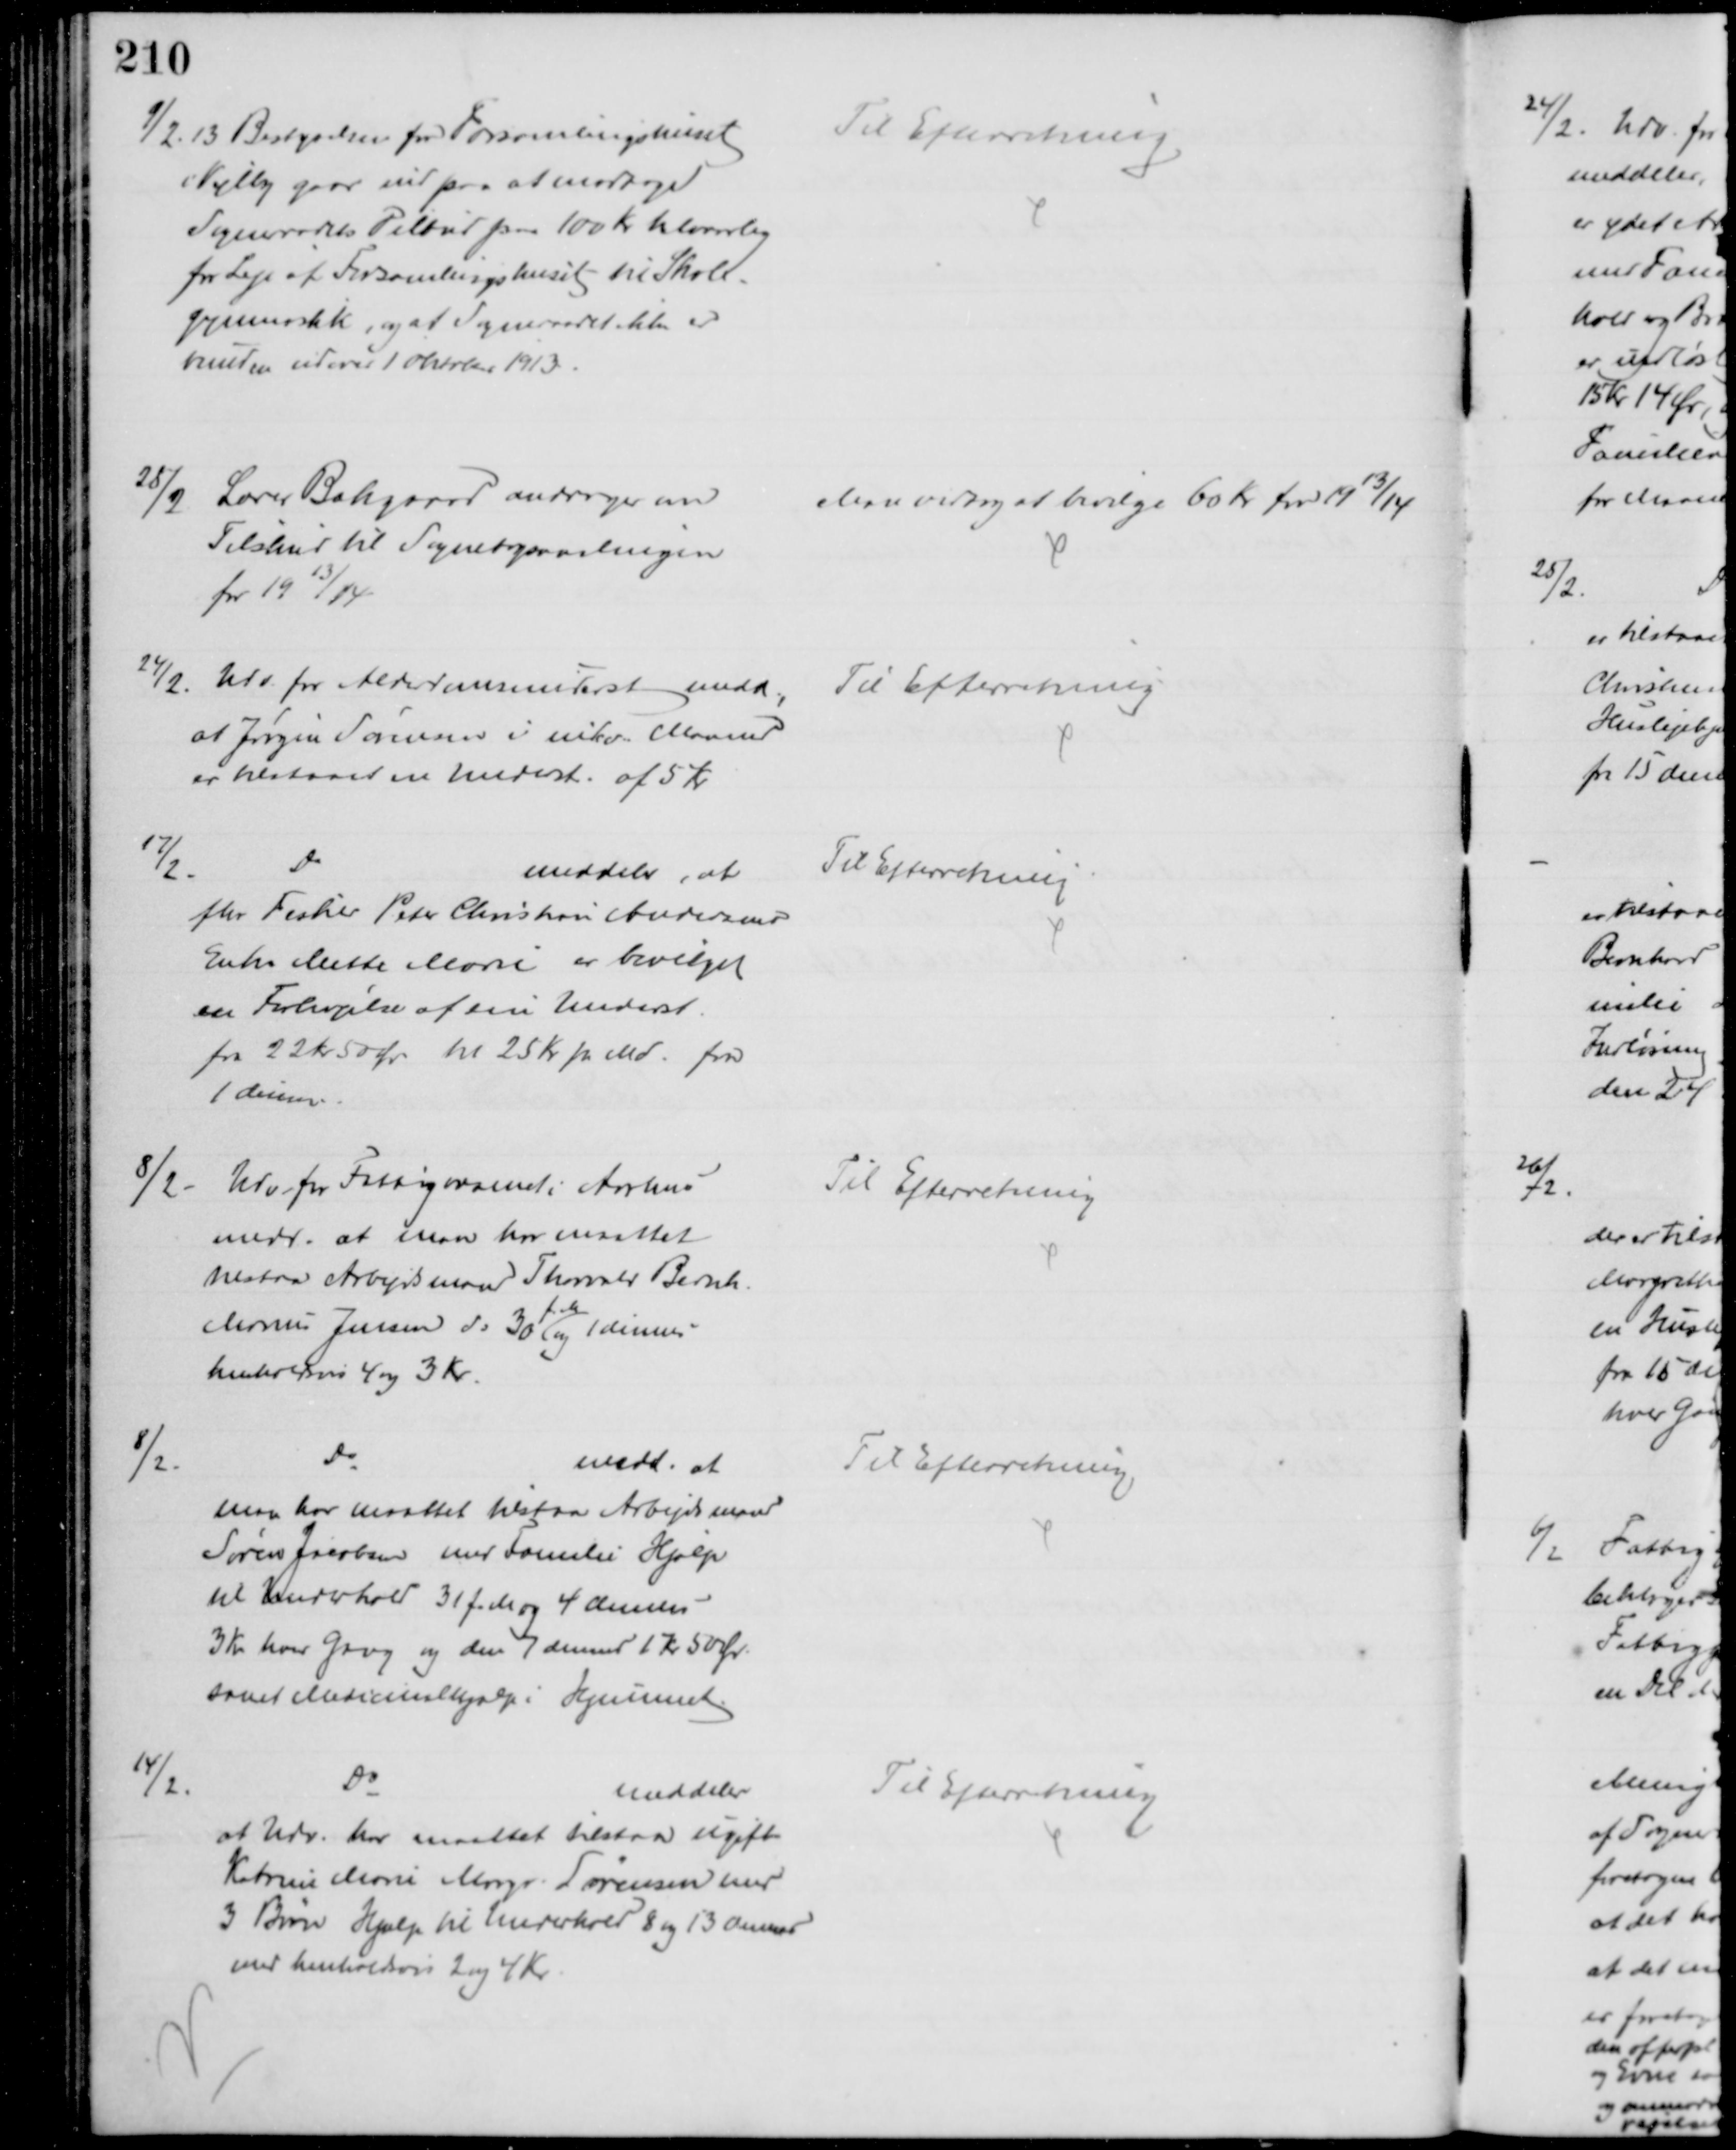
Transskription:
9/2.13 Bestyrelsen for Forsamlingshuset
i Vejlby gaar ind paa at modtage
Sogneraadets Tilbud paa 100 Kr halvaarlig
for Leje af Forsamlingshuset til Skole-
gymnastik, og at Sogneraadet ikke er
bunden udover 1 Oktober 1913.
Til Efterretning
25/2
Lærer Bækgaard andrager om
Tilskud til Sognebogsamlingen
for 1913/14
Man vedtog at bevilge 60 Kr for 1913/14
24/2. Udv. for Alderdomsunderst medd.,
at Jørgen Sørensen i indv. Maaned
er tilstaaet en Underst. af 5 Kr
Til Efterretning
17/2.
Do
meddeler, at
fhv Fisker Peter Christian Andersens
Enke Mette Marie er bevilget 
en Forhøjelse af sin Underst.
fra 22 Kr 50 Ør til 25 Kr pr Md. fra
1 dennes 
Til Efterretning
8/2
Udv for Fattigvæsenet i Aarhus
medd. at man har maattet
tilstaa Arbejdsmand Thorvald Bernh.
Marius Jensen d: 30 
f. M.
og 1 dennes
henholdsvis 4 og 3 Kr.
Til Efterretning
8/2
Do
medd. at
man har maattet tilstaa Arbejdsmand
Søren Jacobsen med Familie Hjælp
til Underhold 31 f.M og 4 dennes
3 Kr hver Gang og den 7 dennes 1 Kr 50 Ør.
samt Medicinalhjælp i Hjemmet.
Til Efterretning
14/2.
Do
meddeler
at Udv. har maattet tilstaa ugift
Katrine Marie Margr. Sørensen med
3 Børn Hjælp til Underhold 8 og 13 dennes
med henholdsvis 2 og 4 Kr
Til Efterretning